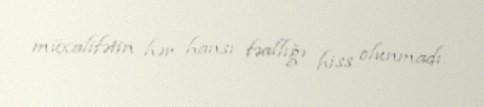
müxalifətin hər hansı fəallığı hiss olunmadı.